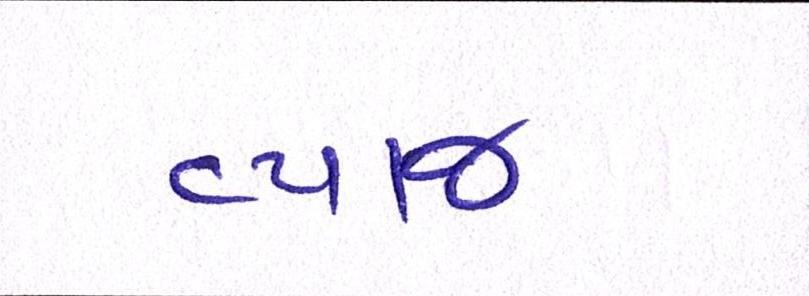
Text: વ્યાજ